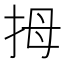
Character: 拇